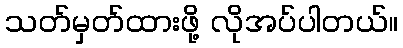
သတ်မှတ်ထားဖို့ လိုအပ်ပါတယ်။